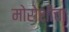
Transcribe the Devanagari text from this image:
मोरोशीचा